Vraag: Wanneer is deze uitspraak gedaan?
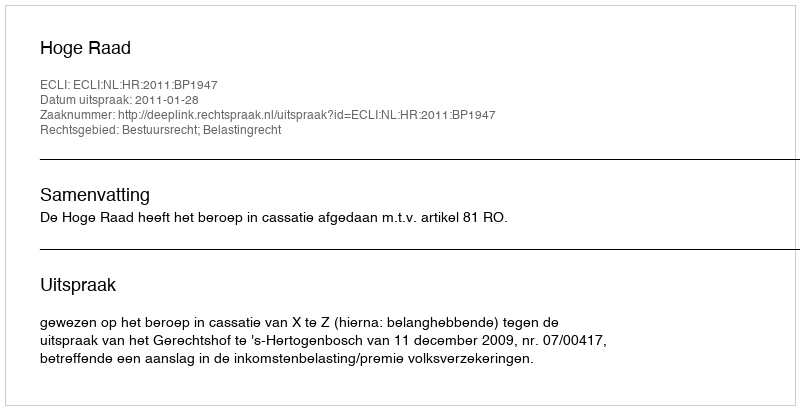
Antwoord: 2011-01-28